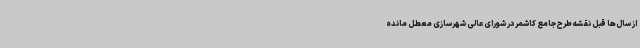
از سال‌ها قبل نقشه طرح جامع کاشمر در شورای عالی شهرسازی معطل مانده